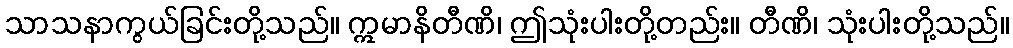
သာသနာကွယ်ခြင်းတို့သည်။ ဣမာနိတီဏိ၊ ဤသုံးပါးတို့တည်း။ တီဏိ၊ သုံးပါးတို့သည်။